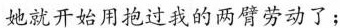
她就开始用抱过我的两臂劳动了；